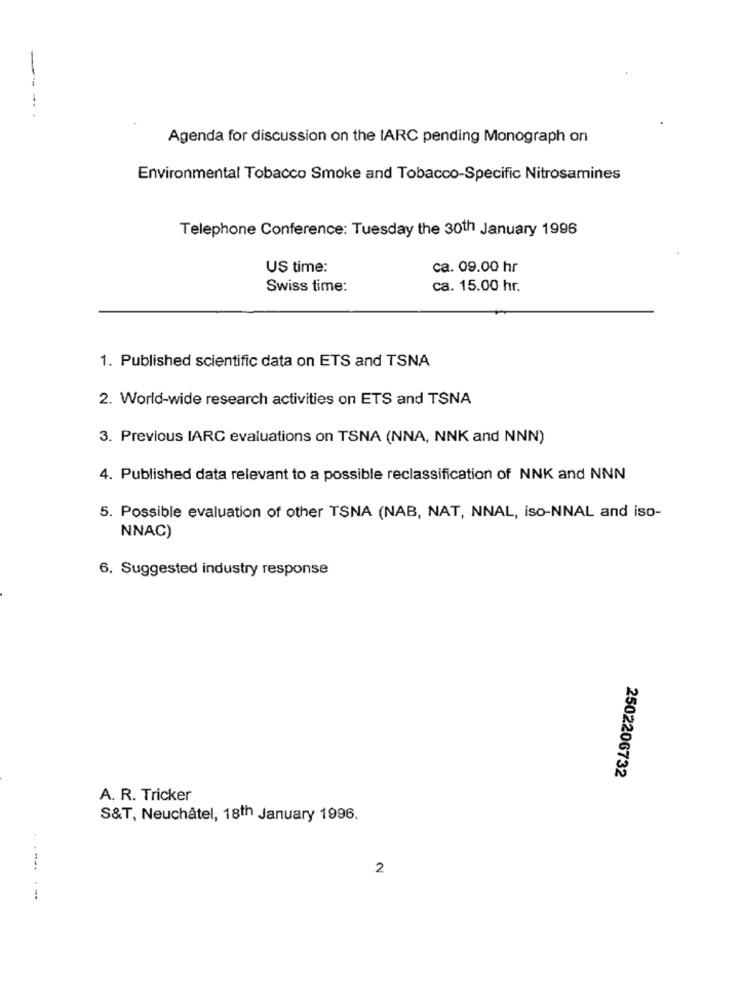
Agenda for discussion on the IARC pending Monograph on
Environmental Tobacco Smoke and Tobacco-Specific Nitrosamines
Telephone Conference: Tuesday the 30th January 1996
US time:
ca. 09.00 hr
Swiss time:
ca. 15.00 hr.
1. Published scientific data on ETS and TSNA
2. World-wide research activities on ETS and TSNA
3. Previous IARC evaluations on TSNA (NNA, NNK and NNN)
4. Published data relevant to a possible reclassification of NNK and NNN
5. Possible evaluation of other TSNA (NAB, NAT, NNAL, iso-NNAL and iso-
NNAC)
6. Suggested industry response
2502206732
A. R. Tricker
S&T, Neuchâtel, 18th January 1996.
2